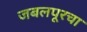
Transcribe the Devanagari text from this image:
जबलपूरचा